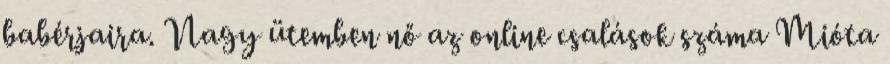
babérjaira. Nagy ütemben nő az online csalások száma Mióta